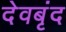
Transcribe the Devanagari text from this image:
देवबृंद